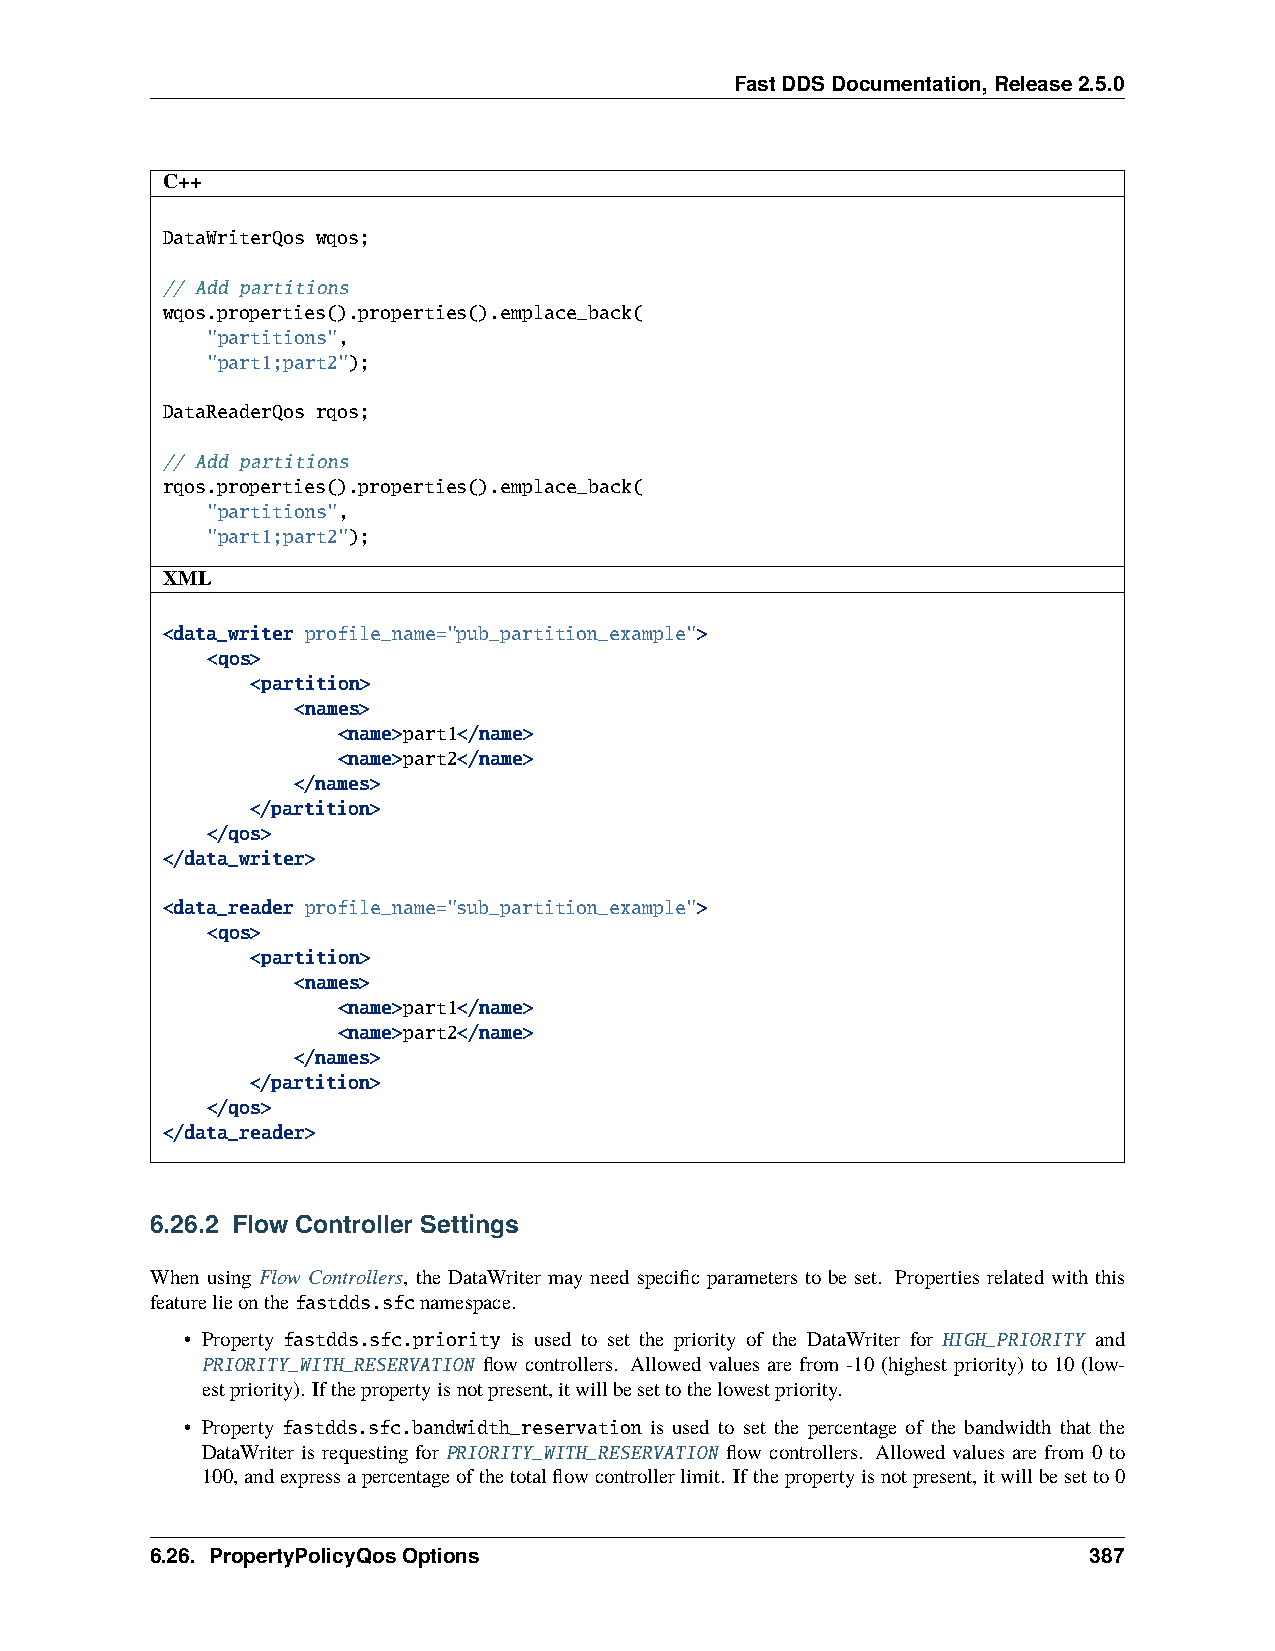
FastDDSDocumentation,Release2.5.0
 C++
 DataWriterQos wqos;
 // Add partitions
 wqos.properties().properties().emplace_back(
 "partitions",
 "part1;part2");
 DataReaderQos rqos;
 // Add partitions
 rqos.properties().properties().emplace_back(
 "partitions",
 "part1;part2");
 XML
 <data_writer profile_name="pub_partition_example">
 <qos>
 <partition>
 <names>
 <name>part1</name>
 <name>part2</name>
 </names>
 </partition>
 </qos>
 </data_writer>
 <data_reader profile_name="sub_partition_example">
 <qos>
 <partition>
 <names>
 <name>part1</name>
 <name>part2</name>
 </names>
 </partition>
 </qos>
 </data_reader>
 6.26.2 Flow Controller Settings
 When using Flow Controllers, the DataWriter may need specific parameters to be set. Properties related with this
 featurelieonthefastdds.sfcnamespace.
 • Property fastdds.sfc.priority is used to set the priority of the DataWriter for HIGH_PRIORITY and
 PRIORITY_WITH_RESERVATION flow controllers. Allowed values are from -10 (highest priority) to 10 (low-
 estpriority). Ifthepropertyisnotpresent,itwillbesettothelowestpriority.
 • Property fastdds.sfc.bandwidth_reservation is used to set the percentage of the bandwidth that the
 DataWriter is requesting for PRIORITY_WITH_RESERVATION flow controllers. Allowed values are from 0 to
 100,andexpressapercentageofthetotalflowcontrollerlimit. Ifthepropertyisnotpresent,itwillbesetto0
 6.26. PropertyPolicyQosOptions                                387